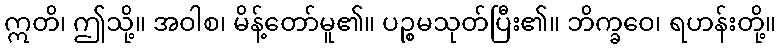
ဣတိ၊ ဤသို့။ အဝါစ၊ မိန့်တော်မူ၏။ ပဉ္စမသုတ်ပြီး၏။ ဘိက္ခဝေ၊ ရဟန်းတို့။